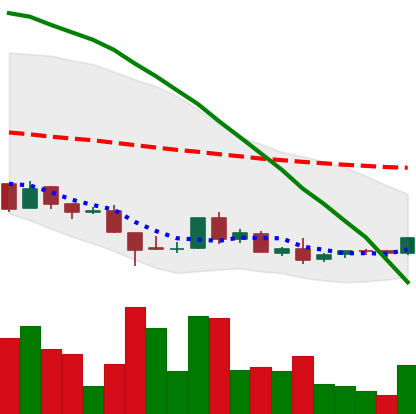
Ticker: ADA-USD
Chart end date: 2018-08-27
Forward return: 6.546%
Label: up_5_7